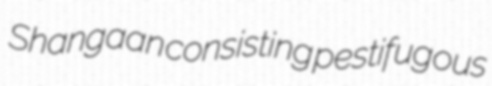
Shangaan consisting pestifugous